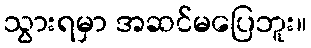
သွားရမှာ အဆင်မပြေဘူး။